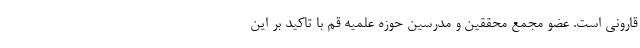
قارونی است. عضو مجمع محققین و مدرسین حوزه علمیه قم با تاکید بر این